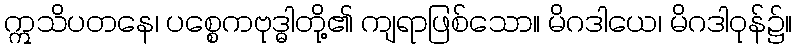
ဣသိပတနေ၊ ပစ္စေကဗုဒ္ဓါတို့၏ ကျရာဖြစ်သော။ မိဂဒါယေ၊ မိဂဒါဝုန်၌။